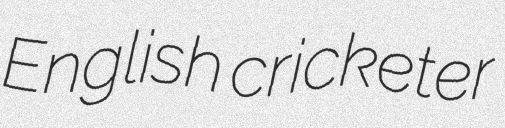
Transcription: English cricketer